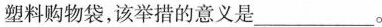
塑料购物袋，该举措的意义是___。